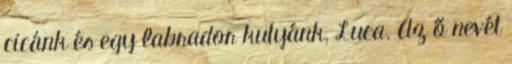
cicánk és egy labrador kutyánk, Luca. Az ő nevét